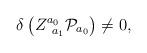
LaTeX: \begin{align*}\delta \left( Z_{\;\;a_{1}}^{a_{0}}{\cal P}_{a_{0}}\right) \neq 0,\end{align*}